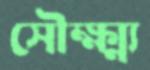
সৌক্ষ্ম্য